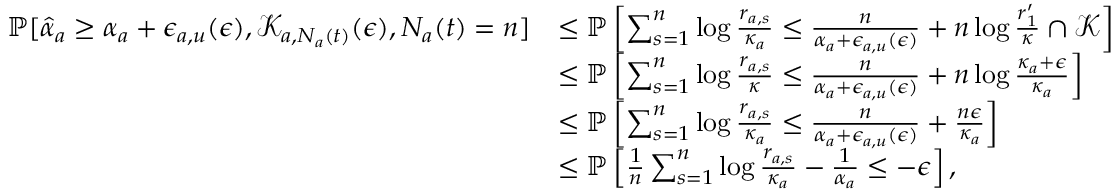
\begin{array} { r l } { \mathbb { P } [ \hat { \alpha } _ { a } \geq \alpha _ { a } + \epsilon _ { a , u } ( \epsilon ) , \mathcal { K } _ { a , N _ { a } ( t ) } ( \epsilon ) , N _ { a } ( t ) = n ] } & { \leq \mathbb { P } \left[ \sum _ { s = 1 } ^ { n } \log \frac { r _ { a , s } } { \kappa _ { a } } \leq \frac { n } { \alpha _ { a } + \epsilon _ { a , u } ( \epsilon ) } + n \log \frac { r _ { 1 } ^ { \prime } } { \kappa } \cap \mathcal { K } \right] } \\ & { \leq \mathbb { P } \left[ \sum _ { s = 1 } ^ { n } \log \frac { r _ { a , s } } { \kappa } \leq \frac { n } { \alpha _ { a } + \epsilon _ { a , u } ( \epsilon ) } + n \log \frac { \kappa _ { a } + \epsilon } { \kappa _ { a } } \right] } \\ & { \leq \mathbb { P } \left[ \sum _ { s = 1 } ^ { n } \log \frac { r _ { a , s } } { \kappa _ { a } } \leq \frac { n } { \alpha _ { a } + \epsilon _ { a , u } ( \epsilon ) } + \frac { n \epsilon } { \kappa _ { a } } \right] } \\ & { \leq \mathbb { P } \left[ \frac { 1 } { n } \sum _ { s = 1 } ^ { n } \log \frac { r _ { a , s } } { \kappa _ { a } } - \frac { 1 } { \alpha _ { a } } \leq - \epsilon \right] , } \end{array}